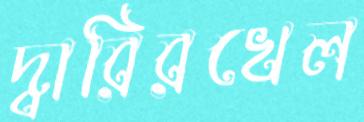
দ্বারিরখেল